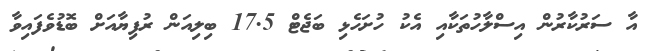
އާ ސަރުކާރުން އިސްލާހުތަކާއި އެކު ހުށަހެޅި ބަޖެޓް 17.5 ބިލިއަން ރުފިޔާއަށް ބޮޑުވެފައިވާ